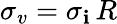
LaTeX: \sigma_{v}=\sigma_{\mathbf{i}}\, R